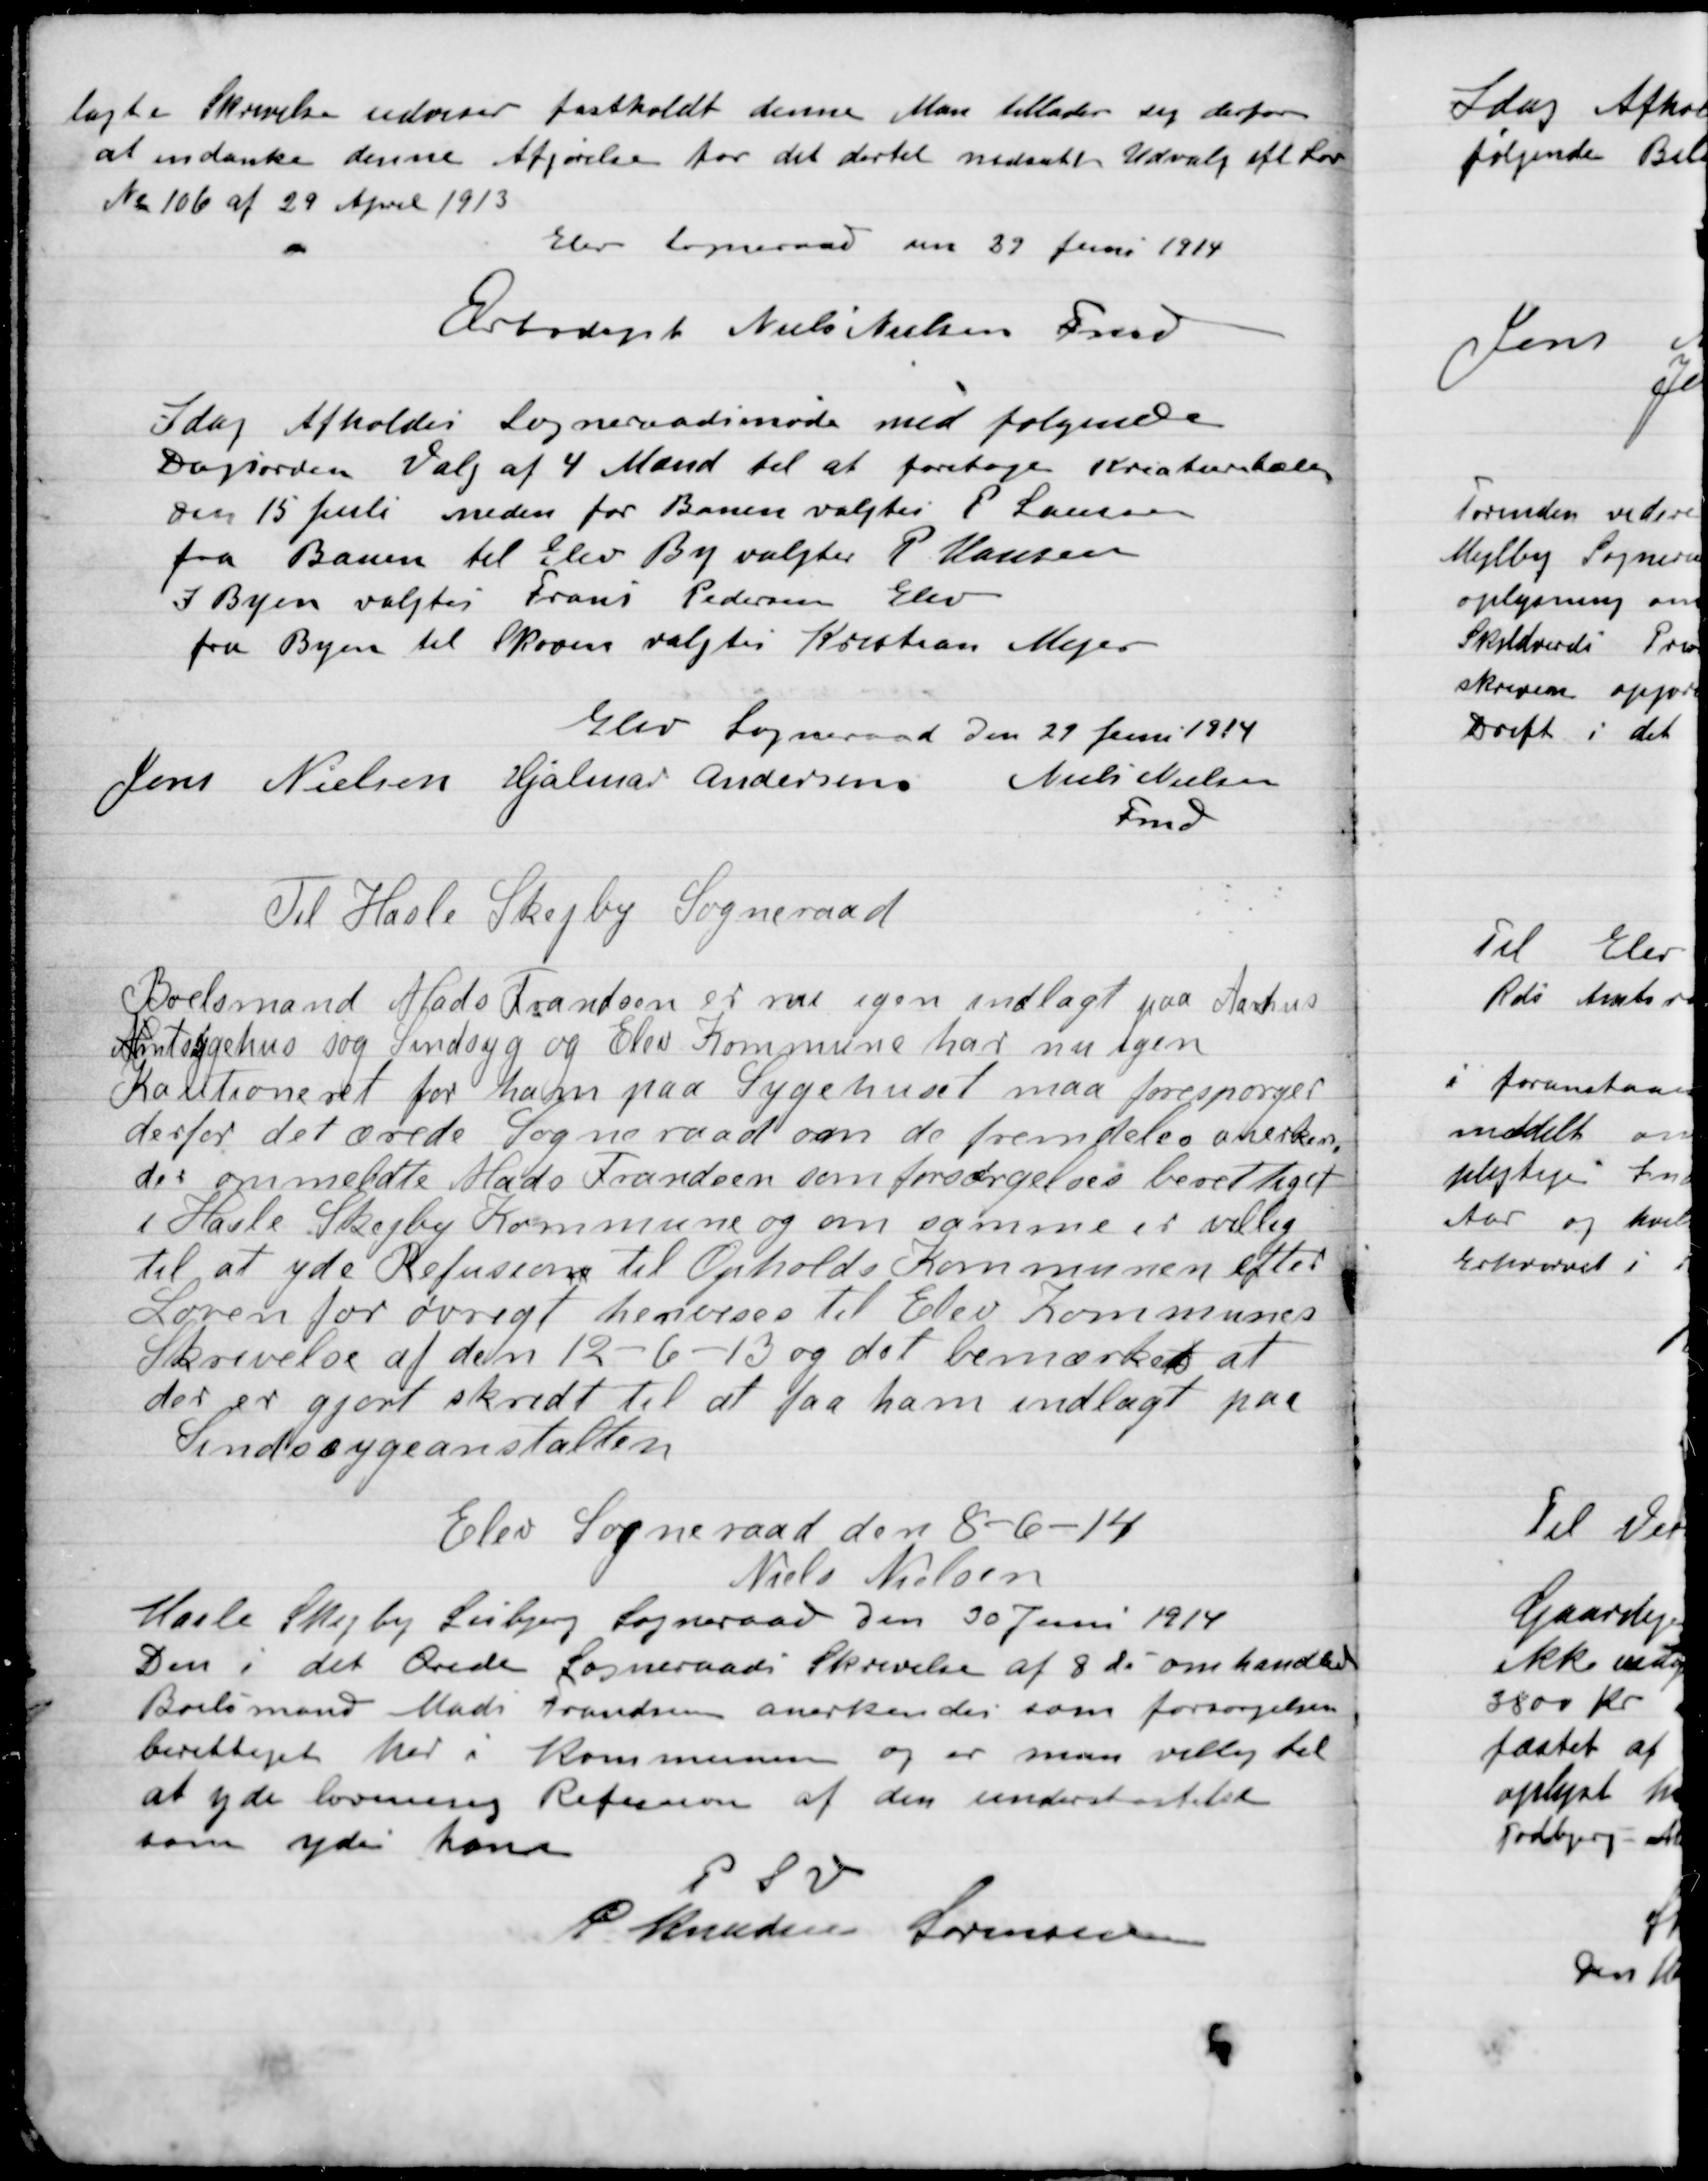
Transskription:
lagte Skrivelse udover fastholdt denne. Man tillader sig derfor
at indanke denne Afgørelse for det dertil nedsatte Udvalg efter Lov
No. 106 af 29 April 1913.
Elev Sogneraad den 29 Juni 1914
Overtaget Niels Nielsen Fmd.

I dag  Afholdtes Sogneraadetmøde med følgende
Dagsorden. Valg af 4 Mænd til at foretage Kreaturtælling
Den 15 Juli neden for Banen valgtes P. Laursen
fra Banen til Elev By valgtes P. Hansen
I Byen valgtes Frans Pedersen Elev
fra Byen til Skoven valgtes Kristan Mejer.

Elev Sogneraad den 29 Juni 1914

Jens Nielsen
Hjalmar Andersen
Niels Nielsen
Fmd.

Til Hasle, Skejby Sogneraad
Boelsmand Mads Frandsen er nu igen indlagt paa Aarhus
Amtssygehus som Sindssyg og Elev Sogneraad har nu igen
Kautioneret for han paa Sygehuset maa forespørges
derfor det ærede Sogneraad om de fremdeles anerkender
den ommeldte Mads Frandsen som forsørgelsesberettiget
i Hasle Skejby Kommune og om samme er villig
til at yde Refusion til Opholds Kommunen efter
Loven for øvrigt henvises til Elev Kommunes
Skrivelse af den 12-6-13 og det bemærkes at
der er gjort skridt til at faa ham indlagt paa
Sindssygeanstalten.
Elev Sogneraad den 8-6-14
Niels Nielsen

Hasle Skejby Lisbjerg Sogneraad Den 30 Juni 1914
Den i det Ærede Sogneraads Skrivelse af 8 ds omhandlede
Boelsmand Mads Frandsen anerkendes som forsørgelses-
berettiget her i Kommunen og er man villig til
at yde lovmæssig Refusion af den understøttelse
som ydes ham.
P.S.V.
P. Knudsen Sørensen.